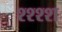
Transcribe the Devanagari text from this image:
श्श्श्श